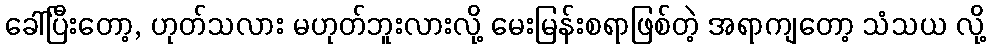
ခေါ်ပြီးတော့, ဟုတ်သလား မဟုတ်ဘူးလားလို့ မေးမြန်းစရာဖြစ်တဲ့ အရာကျတော့ သံသယ လို့